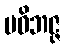
ပဝိဘဇ္ဇ